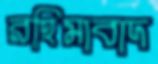
রহিমাবাদ